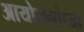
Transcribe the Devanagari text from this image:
आयोजनांच्‍या